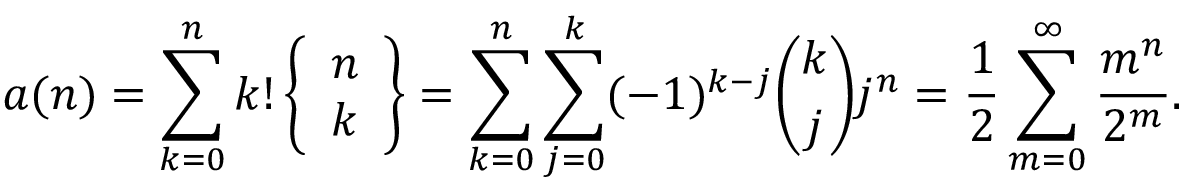
a ( n ) = \sum _ { k = 0 } ^ { n } k ! \left\{ { \begin{array} { l } { n } \\ { k } \end{array} } \right\} = \sum _ { k = 0 } ^ { n } \sum _ { j = 0 } ^ { k } ( - 1 ) ^ { k - j } { \binom { k } { j } } j ^ { n } = { \frac { 1 } { 2 } } \sum _ { m = 0 } ^ { \infty } { \frac { m ^ { n } } { 2 ^ { m } } } .